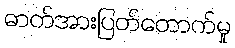
ဓာတ်အားပြတ်တောက်မှု